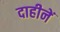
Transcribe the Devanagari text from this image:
दाहीनें